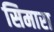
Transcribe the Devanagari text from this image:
सिमारा